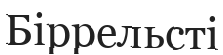
Біррельсті